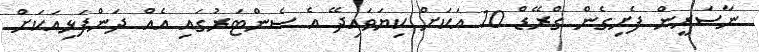
ނާސަރީން ފެށިގެން ގްރޭޑް 10 އަކަށް ކިޔަވައިދޭ އެ ސެންޓަރުގައި އެއް ދަންފަޅިއަކަށް